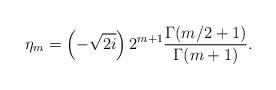
LaTeX: \begin{align*} \eta_m&=\left(-\sqrt{2i}\right)2^{m+1}\frac{\Gamma(m/2+1)}{\Gamma(m+1)}. \end{align*}